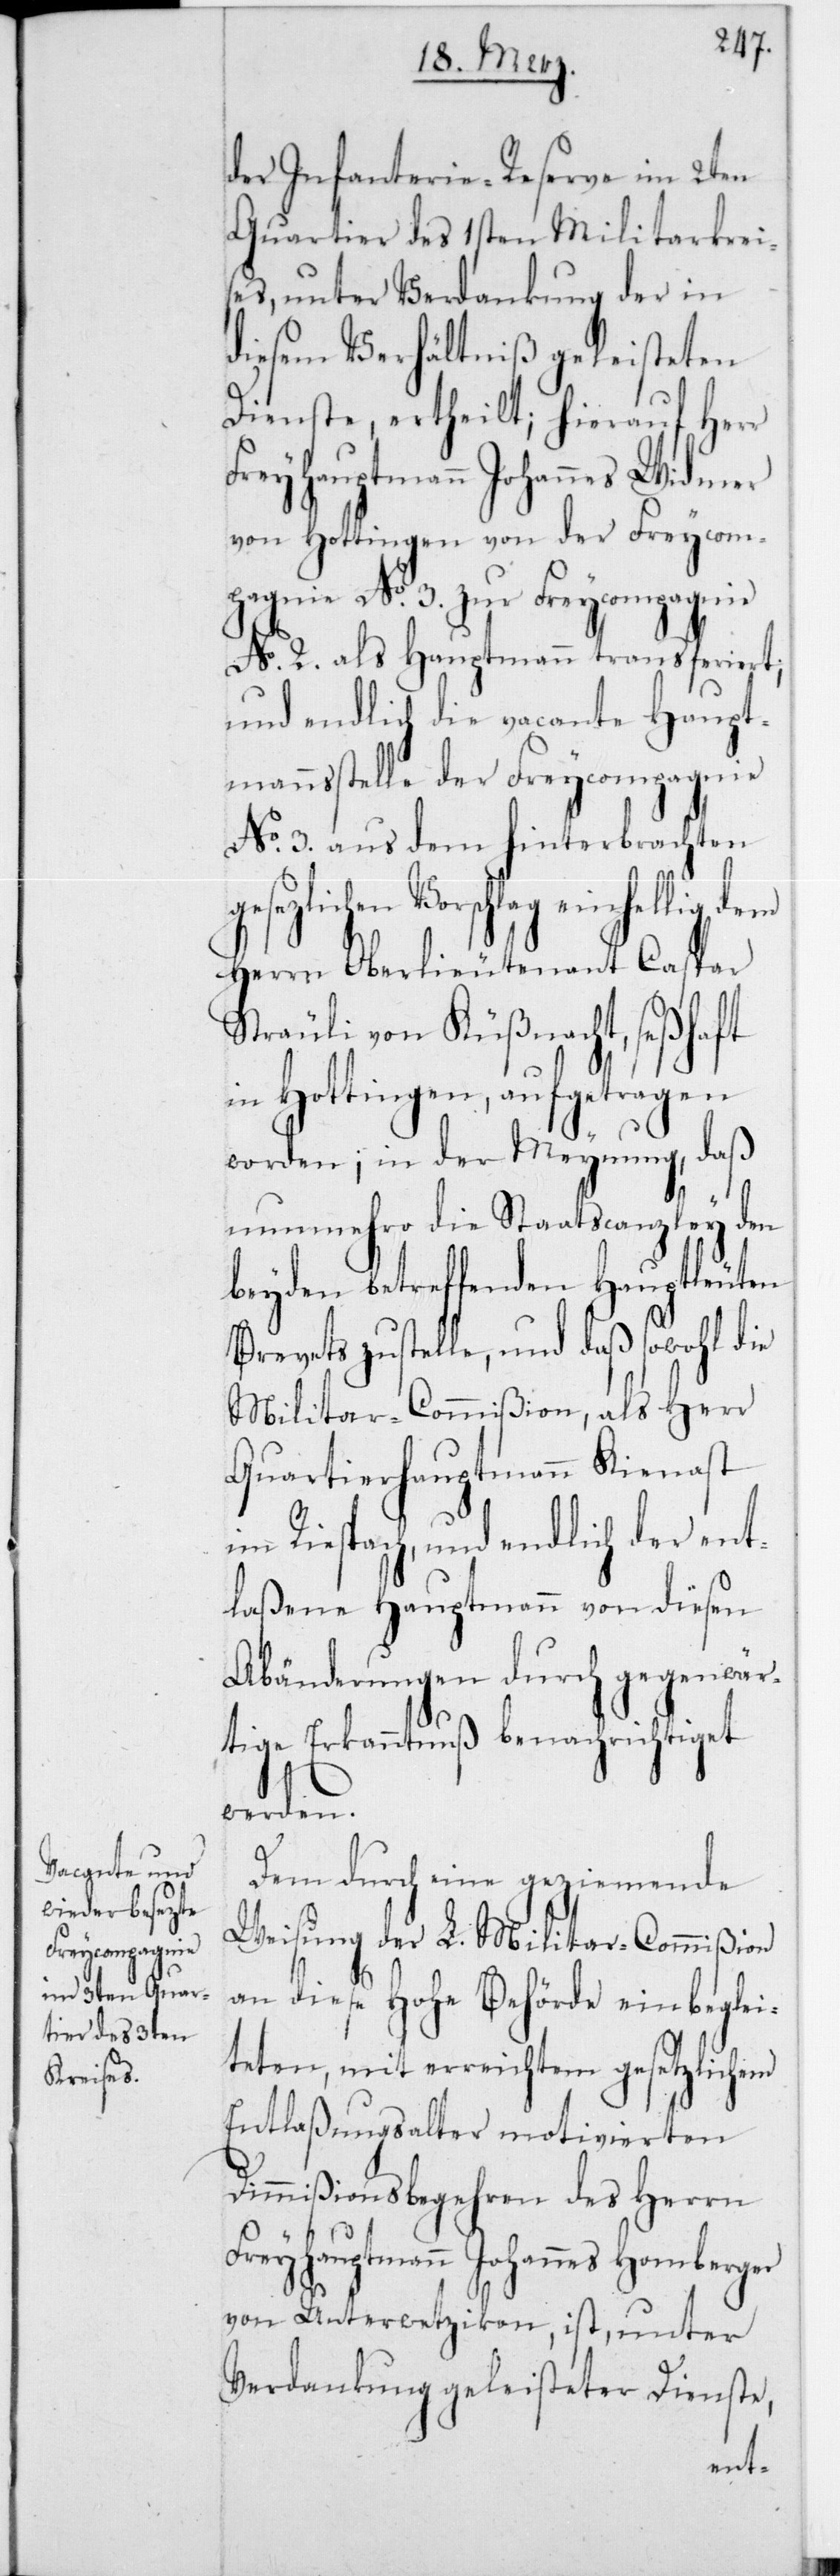
Freycompagnie

der Infanterie-Reserve im 2ten
Quartier des 1sten Militarkreis¬
es, unter Verdankung der in
diesem Verhältniß geleisteten
Dienste, ertheilt; hierauf Herr
von Hottingen von der Frey¬
gesezlichen Vor¬
No 2 als Hauptmann transferi¬
und endlich die vacante Haup¬
tmannsstelle der Freycompagnie
No 3 aus dem hinterbrachten
schlag einhellig dem
Herrn Oberlieutenant Caspar
Sträuli von Küßnacht, seßhaft
in Hottingen, aufgetragen
worden, in der Meynung, daß
nunmehro die Staatscanzley den
beyden betreffenden Hauptleuten
Brevets zustelle, und daß sowohl die
Militar-Commißion, als Herr
Quartierhauptmann Kienast
im Riespach, und endlich der ent¬
laßene Hauptmann von diesen
Abänderungen durch gegenwär¬
tige Erkanntnuß benachrichtiget
werden.
Dem durch eine geziemende
Weisung der L. Militar-Commißion
an diese Hohe Behörde einbeglei¬
teten, mit erreichtem gesetzlichem
Entlaßungsalter motivierten
Dimmißionsbegehren des Herrn
Freyhauptmann Johannes Homberger
von Unterwetzikon, ist, unter
Verdankung geleisteter Dienste,
ert;